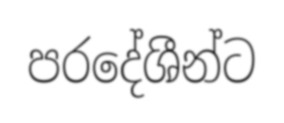
පරදේශීන්ට